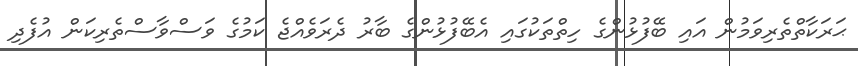
ޙަރަކާތްތެރިވަމުން އައި ބޭފުޅުންގެ ހިތްތަކުގައި އެބޭފުޅުންގެ ބާރު ދެރަވެއްޖެ ކަމުގެ ވަސްވާސްތެރިކަން އުފެދި